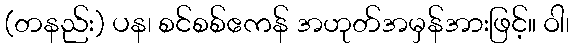
(တနည်း) ပန၊ စင်စစ်ဧကန် အဟုတ်အမှန်အားဖြင့်။ ဝါ၊